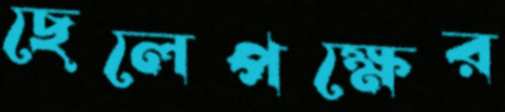
ছেলেপক্ষের